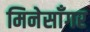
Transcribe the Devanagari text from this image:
मिनेसाँगर